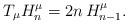
LaTeX: \begin{align*}T_\mu H_n^\mu=2n\,H_{n-1}^\mu.\end{align*}